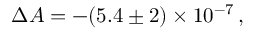
\Delta A = - ( 5 . 4 \pm 2 ) \times 1 0 ^ { - 7 } \, ,